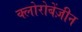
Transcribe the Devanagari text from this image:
क्लोरोबेंज़ीन